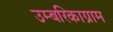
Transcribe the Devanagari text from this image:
उम्बरिकाग्राम